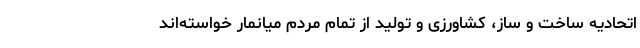
اتحادیه ساخت و ساز، کشاورزی و تولید از تمام مردم میانمار خواسته‌اند